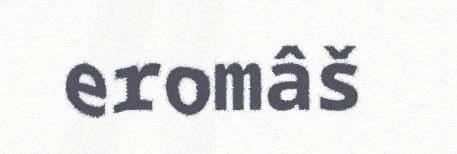
eromâš